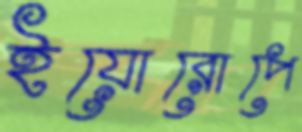
ইয়োরোপে